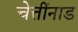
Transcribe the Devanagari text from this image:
चेत्तींनाड